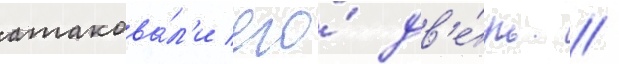
атакова́л'и его́ дв'е́рь /